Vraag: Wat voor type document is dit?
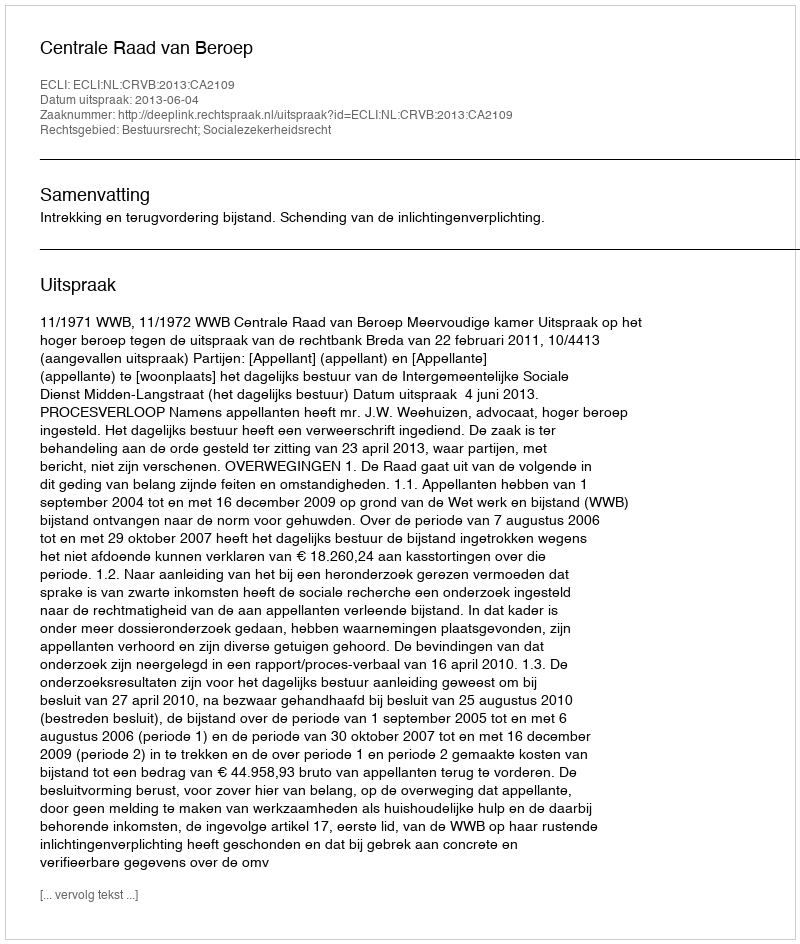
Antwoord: Uitspraak